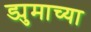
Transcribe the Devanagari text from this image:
ड्युमाच्या